Report on the administration of the Government Cinchona Department 1892-98
Year: 1892
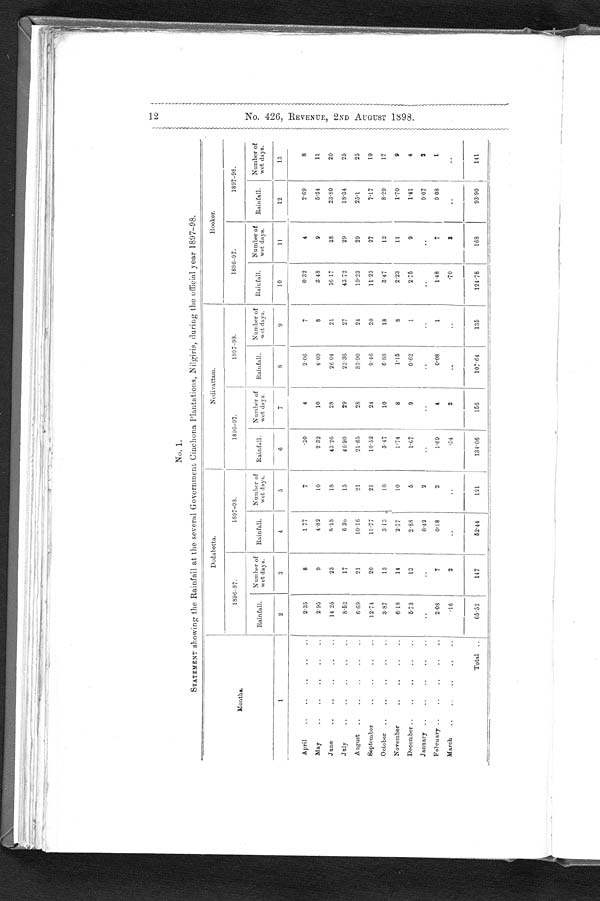
12. No. 426, REVENUE, 2ND AUGUST 1898.
No. 1.
STATEMENT showing the Rainfall at the several Government Cinchona Plantations, Nilgiris, during the official year 1897-08.
Months.
Dodabotta.
Nedivattam
Hooker.
1896-97.
1897-98.
1896-97.
1897-98.
1896-97.
1897-98.
Rainfall.
Number of
wet days.
Rainfall.
Number o
f
wet days.
Rainfall
Number of
wet days.
Rainfall.
Number of
wetdays.
Rainfall.
Number of
wet days.
Rainfall.
Number of
wet days.
1
2
3
4
5
6
7
8
9
10
11
1 2
13
April
..
..
..
..
..
2.35
8
1 77
7
. 3 0
4
2.06
7
0.32
4
2.69
8
May
..
..
..
. .
2.95
9
4.82
10
2.32
10
4.09
8
3.48
9
5.34
11
June ..
..
..
..
..
14 25
23
8.18
18
43.26
28
26.04
21
36.17
28
23.80
20
July ..
..
..
..
..
8.52
17
6 36
15
46.90
29
23.36
27
43.72
29
18.34
25
August
..
..
..
..
..
6.69
21
10.16
21
21.65
28
33.90
24
19.23
29
25.1
25
September..
..
..
.. 12.74
20
11.77
21
10.52
24
9.46
20
11.23
27
7.17
19
October ..
..
..
..
..
3.87
13
3.13
10
3.47
10
6.88
18
3.47
12
8.29
17
November .. .. .. .. .. .. ..
6.18
14
2.77
10
1.74
8
1.15
8
2.23
11
1.70
9
December ..
..
..
..
..
5.73
13
2.88
6
1.67
9
0.62
1
2.75
9
1.41
4
January ..
..
..
..
..
..
..
0 . 4 2
2
. .
. .
. . .
. .
..
. .
0.07
2
February ..
..
..
..
..
2.08
7
0.18
2
1.69
4
0.08
1
1.48
7
0.08
1
March
..
..
..
..
..
Total ..
.16
2
. .
. .
. 5 4
2
. .
. .
.70
3
. . . .
65.52
147
62.44
1 2 1
134.06
156
107.64
1 3 5
124.78
1 6 8
93.90
141